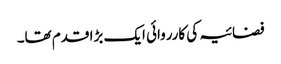
فضائیہ کی کارروائی ایک بڑا قدم تھا۔